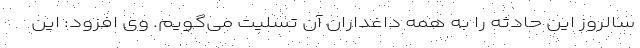
سالروز این حادثه را به همه داغداران آن تسلیت می‌گویم. وی افزود: این